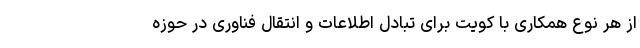
از هر نوع همکاری با کویت برای تبادل اطلاعات و انتقال فناوری‌ در حوزه